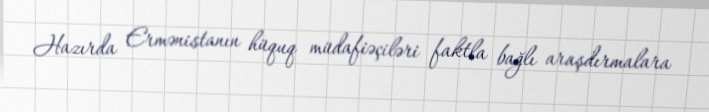
Hazırda Ermənistanın hüquq müdafiəçiləri faktla bağlı araşdırmalara